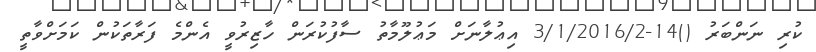
ކުރި ނަންބަރު ()14-3/1/2016/2 އިޢުލާނަށް މަޢުލޫމާތު ސާފުކުރަން ހާޒިރުވީ އެންމެ ފަރާތަކުން ކަމަށްވާތީ